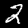
Label: 2